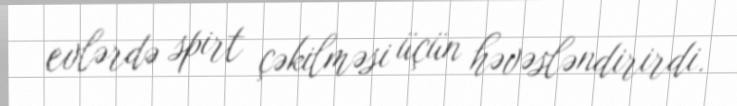
evlərdə spirt çəkilməsi üçün həvəsləndirirdi.